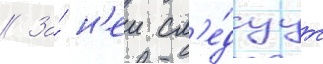
// За́ н'еи сл'е́дуут